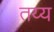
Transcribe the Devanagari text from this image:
तय्य